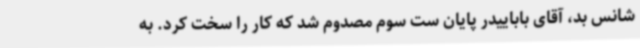
شانس بد، آقای باباییدر پایان ست سوم مصدوم شد که کار را سخت کرد. به